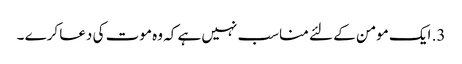
3. ایک مومن کے لئے مناسب نہیں ہے کہ وہ موت کی دعا کرے ۔